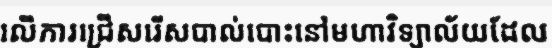
លើការជ្រើសរើសបាល់បោះនៅមហាវិទ្យាល័យដែល